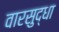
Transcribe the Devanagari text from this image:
वारसुद्धा